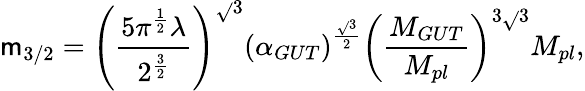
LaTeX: \mathsf{m}_{3/2}=\left(\frac{{5\pi^{\frac{{1}}{{2}}}\lambda}}{{2^{\frac{{3}}{{2}}}}}\right)^{\sqrt{}{3}}\left(\alpha_{GUT}\right)^{\frac{{\sqrt{}{3}}}{{2}}}\left(\frac{{M_{GUT}}}{{M_{pl}}}\right)^{3\sqrt{}{3}}M_{pl},